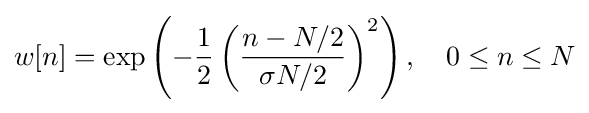
w[n]=\exp \left(-{\frac {1}{2}}\left({\frac {n-N/2}{\sigma N/2}}\right)^{2}\right),\quad 0\leq n\leq N